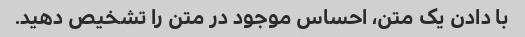
با دادن یک متن، احساس موجود در متن را تشخیص دهید.